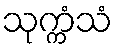
သုက္ကံသံ